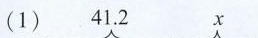
(1)41.2 x